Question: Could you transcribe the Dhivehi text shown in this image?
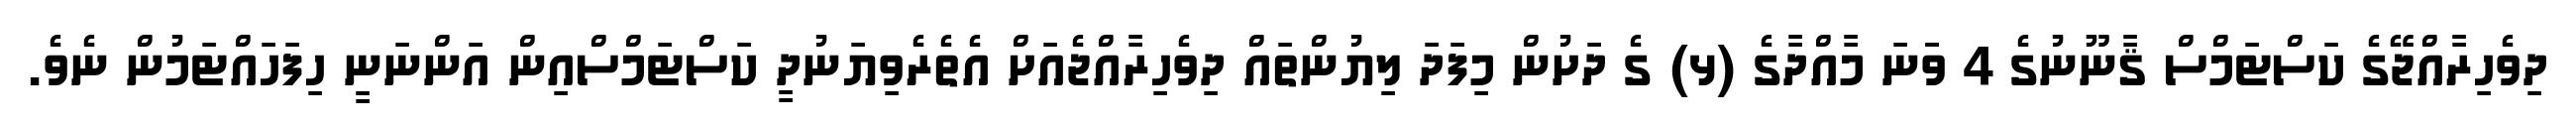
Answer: ދިވެހިރާއްޖޭގެ ކަސްޓަމްސް ޤާނޫނުގެ 4 ވަަނަ މާއްދާގެ (ޅ) ގެ ދަށުން މިފަދަ ލިޔުންތައް ދިވެހިރާއްޖެއަށް އެތެރެވިޔަނުދީ ކަސްޓަމްސްއިން އަންނަނީ ހިފަހައްޓަމުން ނެވެ.